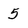
Character: 5